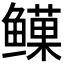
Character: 𬶯